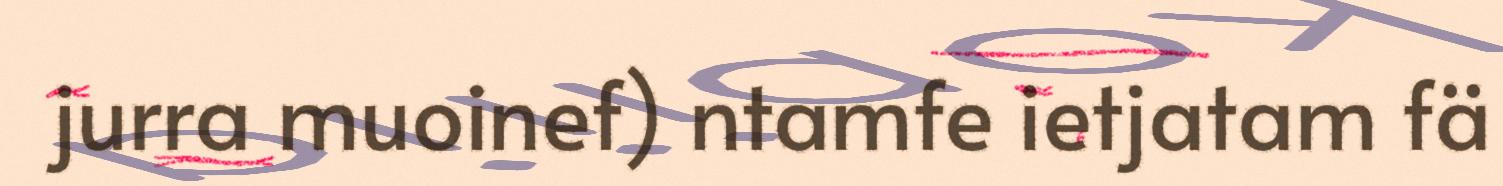
jurra muoinef) ntamfe ietjatam fä